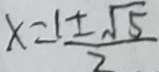
x = \frac { 1 \pm \sqrt { 5 } } { 2 }